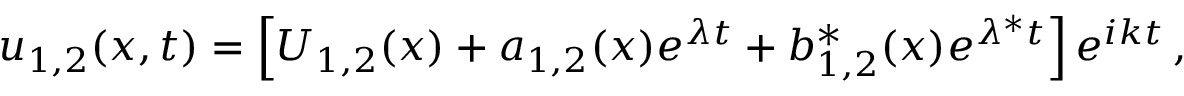
u _ { 1 , 2 } ( x , t ) = \left[ U _ { 1 , 2 } ( x ) + a _ { 1 , 2 } ( x ) e ^ { \lambda t } + b _ { 1 , 2 } ^ { \ast } ( x ) e ^ { \lambda ^ { \ast } t } \right] e ^ { i k t } \, ,